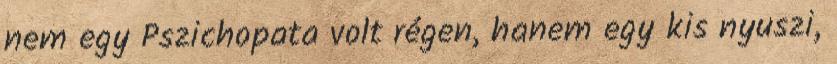
nem egy Pszichopata volt régen, hanem egy kis nyuszi,